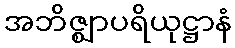
အဘိဇ္ဈာပရိယုဋ္ဌာနံ